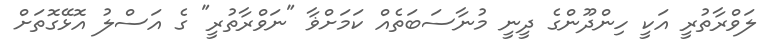
ލަވްރާތުރީ އަކީ ހިންދޫންގެ ދީނީ މުނާސަބަތެއް ކަމަށްޥާ "ނަވްރާތުރީ" ގެ އަސްލު އޮޅޭގޮތަށް